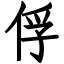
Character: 俘